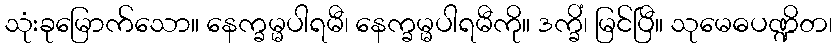
သုံးခုမြောက်သော။ နေက္ခမ္မပါရမီ၊ နေက္ခမ္မပါရမီကို။ ဒက္ခိံ၊ မြင်ပြီ။ သုမေဓပဏ္ဍိတ၊